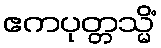
ဧကပုတ္တသ္မိံ